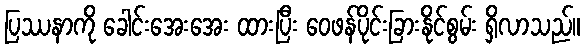
ပြဿနာကို ခေါင်းအေးအေး ထားပြီး ဝေဖန်ပိုင်းခြားနိုင်စွမ်း ရှိလာသည်။